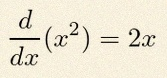
\frac{d}{dx}(x^2)=2x